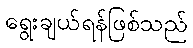
ရွေးချယ်ရန်ဖြစ်သည်